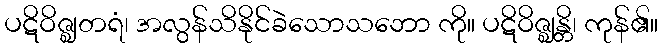
ပဋိဝိဇ္ဈတရံ၊ အလွန်သိနိုင်ခဲသောသဘော ကို။ ပဋိဝိဇ္ဈန္တိ၊ ကုန်၏။